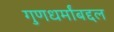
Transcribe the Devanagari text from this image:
गुणधर्मांबद्दल